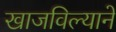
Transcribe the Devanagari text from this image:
खाजविल्याने